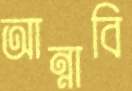
আন্নাবি